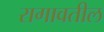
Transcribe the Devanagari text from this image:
रागावतील